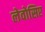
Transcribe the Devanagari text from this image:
लेवोसिए